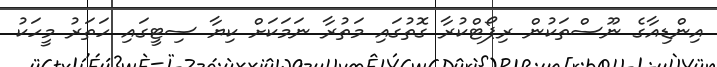
އިންޑިއާގެ ނޫސްތަކުން ރިޕޯޓްކުރާ ގޮތުގައި މަތުރާ ނަމަކަށް ކިޔާ ސިޓީގައި ހަތަރު މީހަކު